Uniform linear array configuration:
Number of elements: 16
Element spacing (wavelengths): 0.75
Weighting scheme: kaiser
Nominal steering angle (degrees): -60
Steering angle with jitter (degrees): -60.707
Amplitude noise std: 0.05
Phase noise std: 0.05

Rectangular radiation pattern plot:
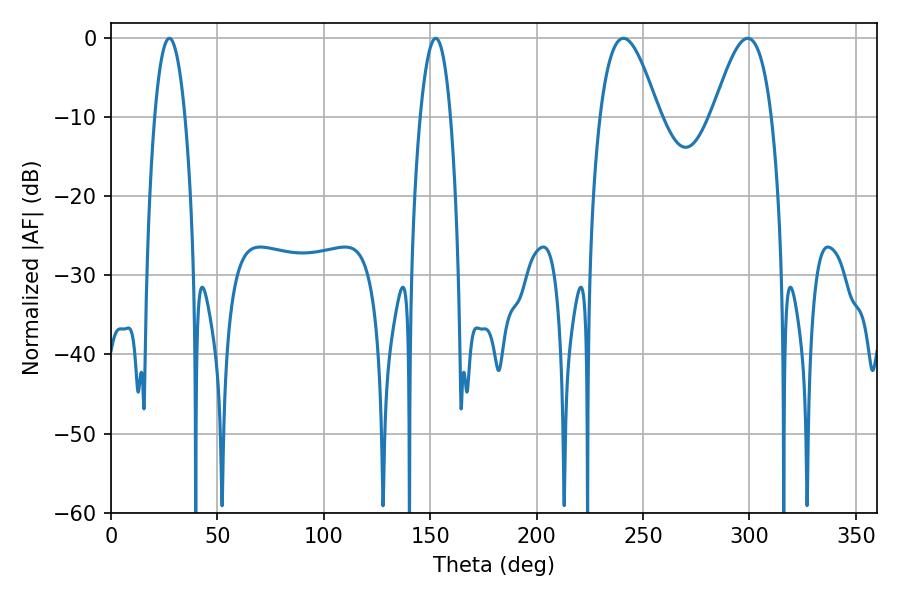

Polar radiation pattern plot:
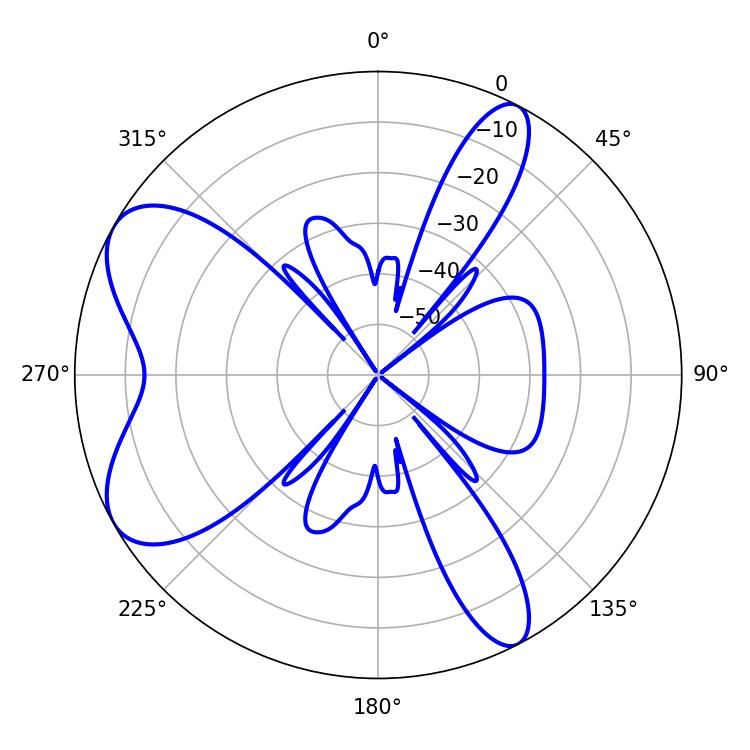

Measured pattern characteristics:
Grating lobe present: TRUE
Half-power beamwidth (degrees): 14.94
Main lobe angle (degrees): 299.16